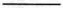
___